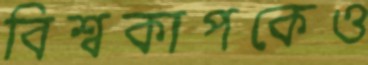
বিশ্বকাপকেও